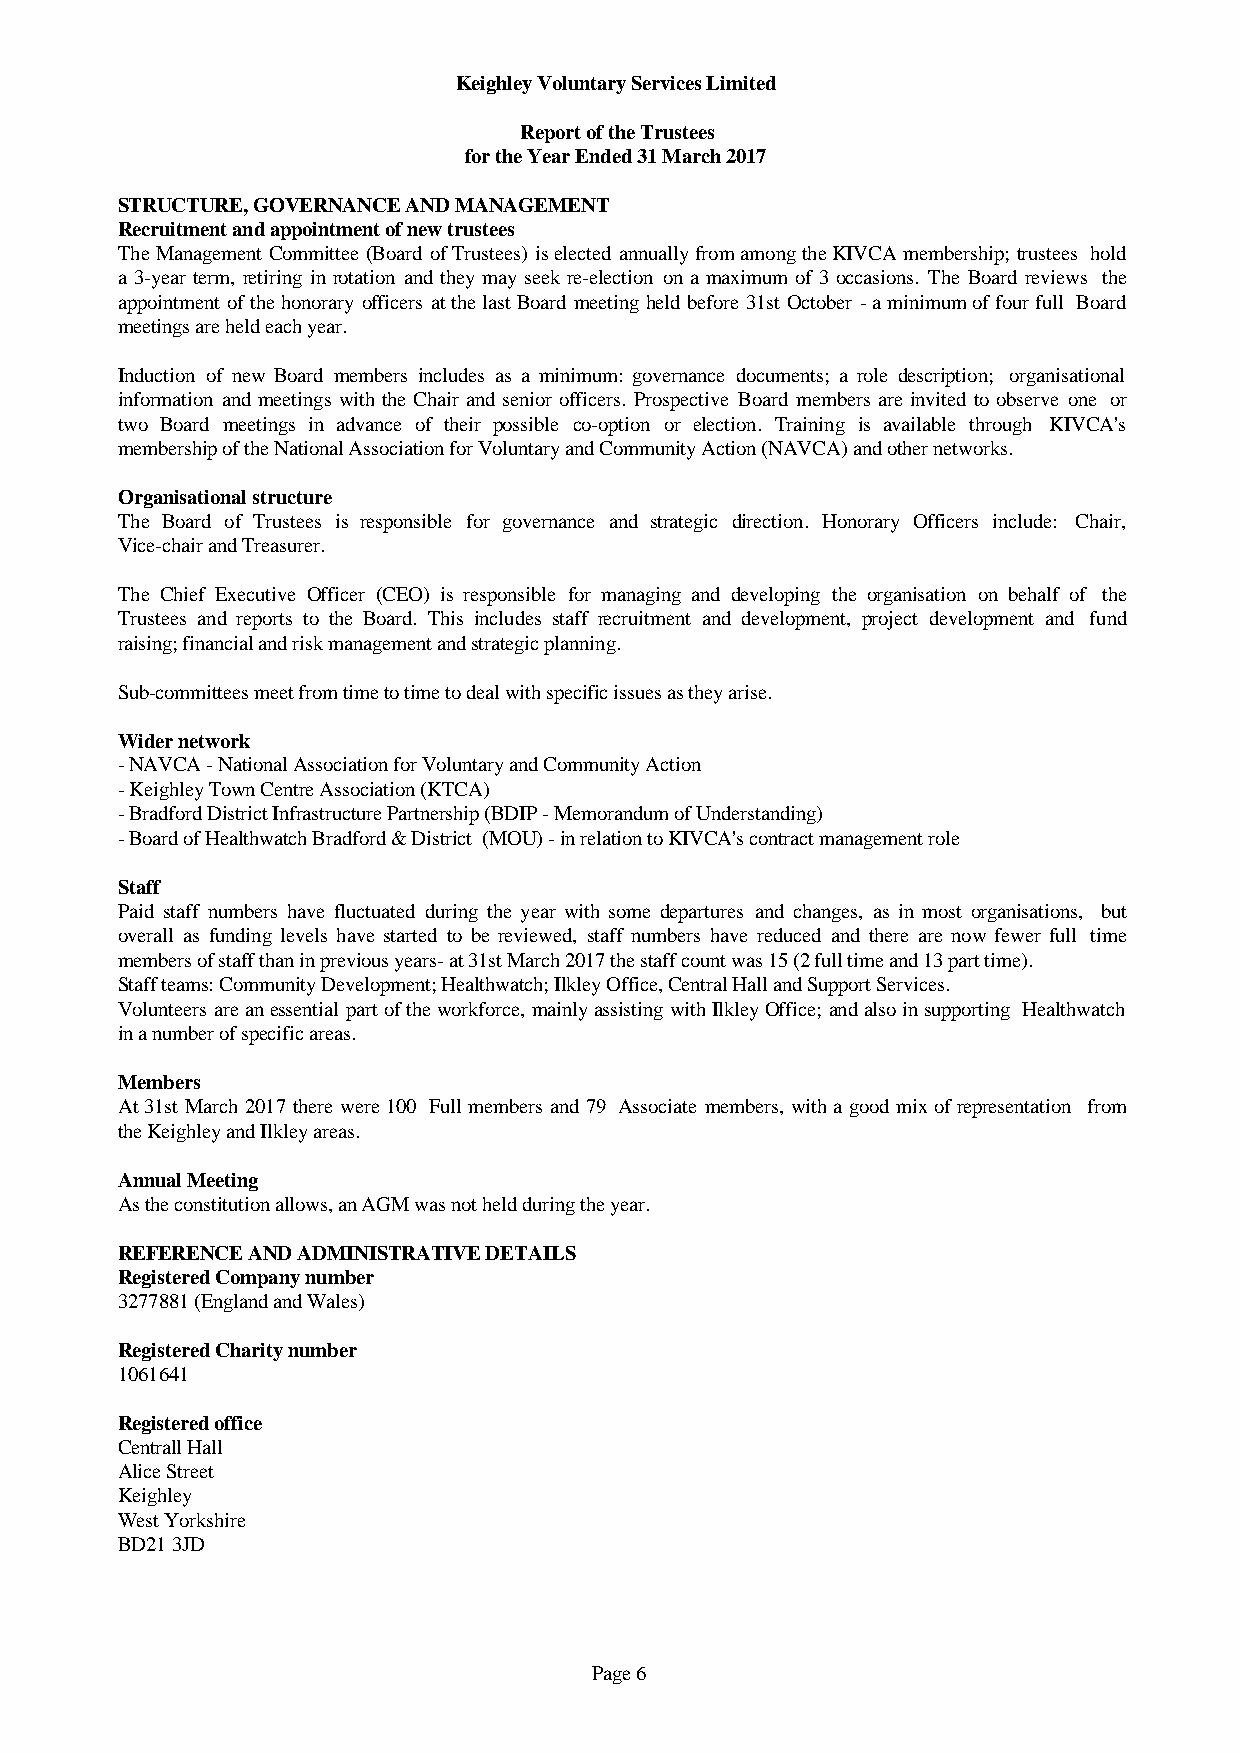
Keighley Voluntary Services Limited
 Report of the Trustees
 for the Year Ended 31 March 2017
 STRUCTURE, GOVERNANCE AND MANAGEMENT
 Recruitment and appointment of new trustees
 TheManagementCommittee(BoardofTrustees)iselectedannuallyfromamongtheKIVCAmembership;trustees hold
 a 3-year term, retiring in rotation and theymayseek re-election on a maximumof 3 occasions. The Board reviews the
 appointmentofthehonoraryofficersatthelastBoard meetingheldbefore31stOctober -aminimumoffourfull Board
 meetings are held each year.
 Induction of new Board members includes as a minimum: governance documents; a role description; organisational
 informationand meetingswiththe Chair and senior officers. Prospective Board membersare invited to observe one or
 two Board meetings in advance of their possible co-option or election. Training is available through KIVCA's
 membership of the National Association for Voluntary and Community Action (NAVCA) and other networks.
 Organisational structure
 The Board of Trustees is responsible for governance and strategic direction. Honorary Officers include: Chair,
 Vice-chair and Treasurer.
 The Chief Executive Officer (CEO) is responsible for managing and developing the organisation on behalf of the
 Trustees and reports to the Board. This includes staff recruitment and development, project development and fund
 raising; financial and risk management and strategic planning.
 Sub-committees meet from time to time to deal with specific issues as they arise.
 Wider network
 - NAVCA - National Association for Voluntary and Community Action
 - Keighley Town Centre Association (KTCA)
 - Bradford District Infrastructure Partnership (BDIP - Memorandum of Understanding)
 - Board of Healthwatch Bradford & District (MOU) - in relation to KIVCA's contract management role
 Staff
 Paid staff numbers have fluctuated during the year with some departures and changes, as in most organisations, but
 overall as funding levels have started to be reviewed, staff numbers have reduced and there are now fewer full time
 members of staff than in previous years- at 31st March 2017 the staff count was 15 (2 full time and 13 part time).
 Staff teams: Community Development; Healthwatch; Ilkley Office, Central Hall and Support Services.
 Volunteersareanessentialpartoftheworkforce,mainlyassistingwithIlkleyOffice;andalsoinsupporting Healthwatch
 in a number of specific areas.
 Members
 At31stMarch2017 therewere100 Fullmembersand79 Associatemembers,withagoodmixofrepresentation from
 the Keighley and Ilkley areas.
 Annual Meeting
 As the constitution allows, an AGM was not held during the year.
 REFERENCE AND ADMINISTRATIVE DETAILS
 Registered Company number
 3277881 (England and Wales)
 Registered Charity number
 1061641
 Registered office
 Centrall Hall
 Alice Street
 Keighley
 West Yorkshire
 BD21 3JD
 Page 6